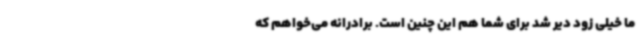
ما خیلی زود دیر شد برای شما هم این چنین است. برادرانه می‌خواهم که